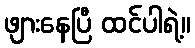
ဖျားနေပြီ ထင်ပါရဲ့။